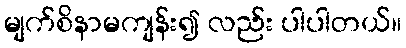
မျက်စိနာမကျန်း၍ လည်း ပါပါတယ်။